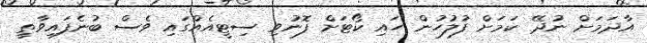
އާދަމަށް ނުދޭ ކަމަށް ފުލުހުން ހައި ކޯޓަށް ފޮނުވި ސިޓީއެއްގައި ވެސް ބުނެފައިވާތީ